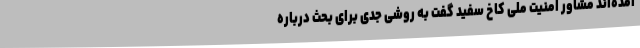
آمده‌اند مشاور امنیت ملی کاخ سفید گفت به روشی جدی برای بحث درباره